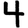
Digit: 4